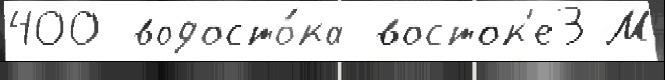
400 водосто́ка восток'е3 М